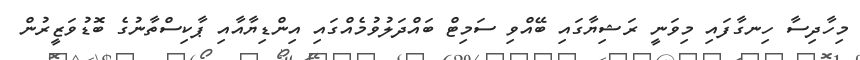
މިހާދިސާ ހިނގާފައި މިވަނީ ރަޝިޔާގައި ބޭއްވި ސަމިޓް ބައްދަލުވުމެއްގައި އިންޑިޔާއާއި ޕާކިސްތާނުގެ ބޮޑުވަޒީރުން